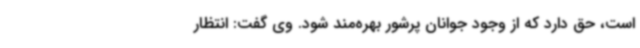
است، حق دارد که از وجود جوانان پرشور بهره‌مند شود. وی گفت: انتظار